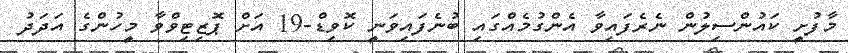
މާފުށީ ކައުންސިލުން ނެރެފައިވާ އެންގުމެއްގައި ބުނެފައިވަނީ ކޮވިޑް-19 އަށް ޕޮޒިޓިވްވާ މީހުންގެ އަދަދު